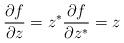
LaTeX: \begin{align*}\frac{\partial f}{\partial z} = z ^{*} \frac{\partial f}{\partial z^{*}} = z\end{align*}